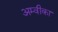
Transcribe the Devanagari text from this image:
अम्वीका